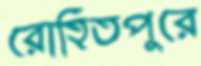
রোহিতপুরে